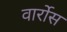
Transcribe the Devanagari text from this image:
वार्रोस